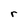
Character: r